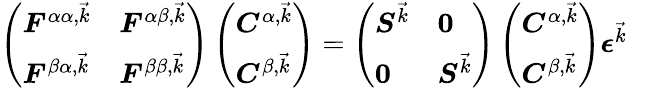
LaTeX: \begin{array}{r}{\left(\begin{array}{ll}{\boldsymbol{F}^{\alpha\alpha,\vec{k}}}&{\boldsymbol{F}^{\alpha\beta,\vec{k}}}\\ {\boldsymbol{F}^{\beta\alpha,\vec{k}}}&{\boldsymbol{F}^{\beta\beta,\vec{k}}}\end{array}\right)\left(\begin{array}{l}{\boldsymbol{C}^{\alpha,\vec{k}}}\\ {\boldsymbol{C}^{\beta,\vec{k}}}\end{array}\right)=\left(\begin{array}{ll}{\boldsymbol{S}^{\vec{k}}}&{\boldsymbol{0}}\\ {\boldsymbol{0}}&{\boldsymbol{S}^{\vec{k}}}\end{array}\right)\left(\begin{array}{l}{\boldsymbol{C}^{\alpha,\vec{k}}}\\ {\boldsymbol{C}^{\beta,\vec{k}}}\end{array}\right)\boldsymbol{\epsilon}^{\vec{k}}\quad}\end{array}